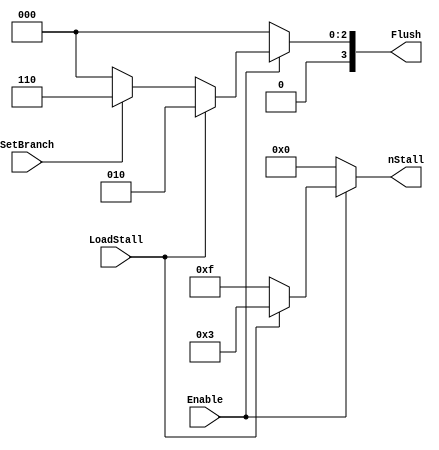
module HazardControlUnit (Enable,LoadStall,SetBranch,nStall,Flush);

	input Enable, LoadStall, SetBranch;

	output[3:0] nStall, Flush;
		reg[3:0] nStall, Flush;

	always @(Enable or LoadStall or SetBranch)
	begin
		if(!Enable)
			{nStall,Flush} = {4'b0000,4'b0000};
		else if(LoadStall)
			{nStall,Flush} = {4'b0011,4'b0010};
		else if(SetBranch)
			{nStall,Flush} = {4'b1111,4'b0110};
		else
			{nStall,Flush} = {4'b1111,4'b0000};
	end

endmodule